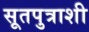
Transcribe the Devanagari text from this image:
सूतपुत्राशी